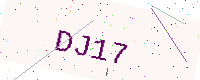
Text: DJ17